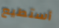
أستطيع